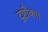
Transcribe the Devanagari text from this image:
टुप्टीका।